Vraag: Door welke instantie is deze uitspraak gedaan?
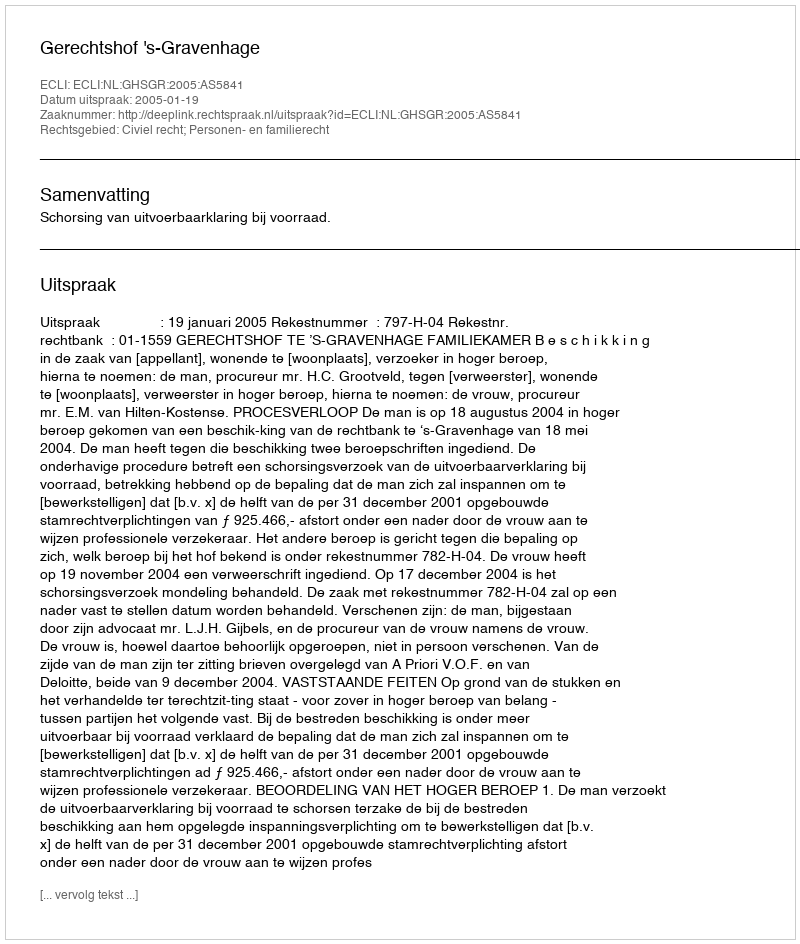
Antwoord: Gerechtshof 's-Gravenhage